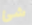
شئ